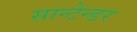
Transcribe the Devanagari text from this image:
सान्टेन्डर